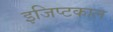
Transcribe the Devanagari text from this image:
इजिप्टकाल